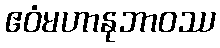
ဧဝံမဟာနုဘာဝဿ